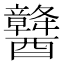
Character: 䤗